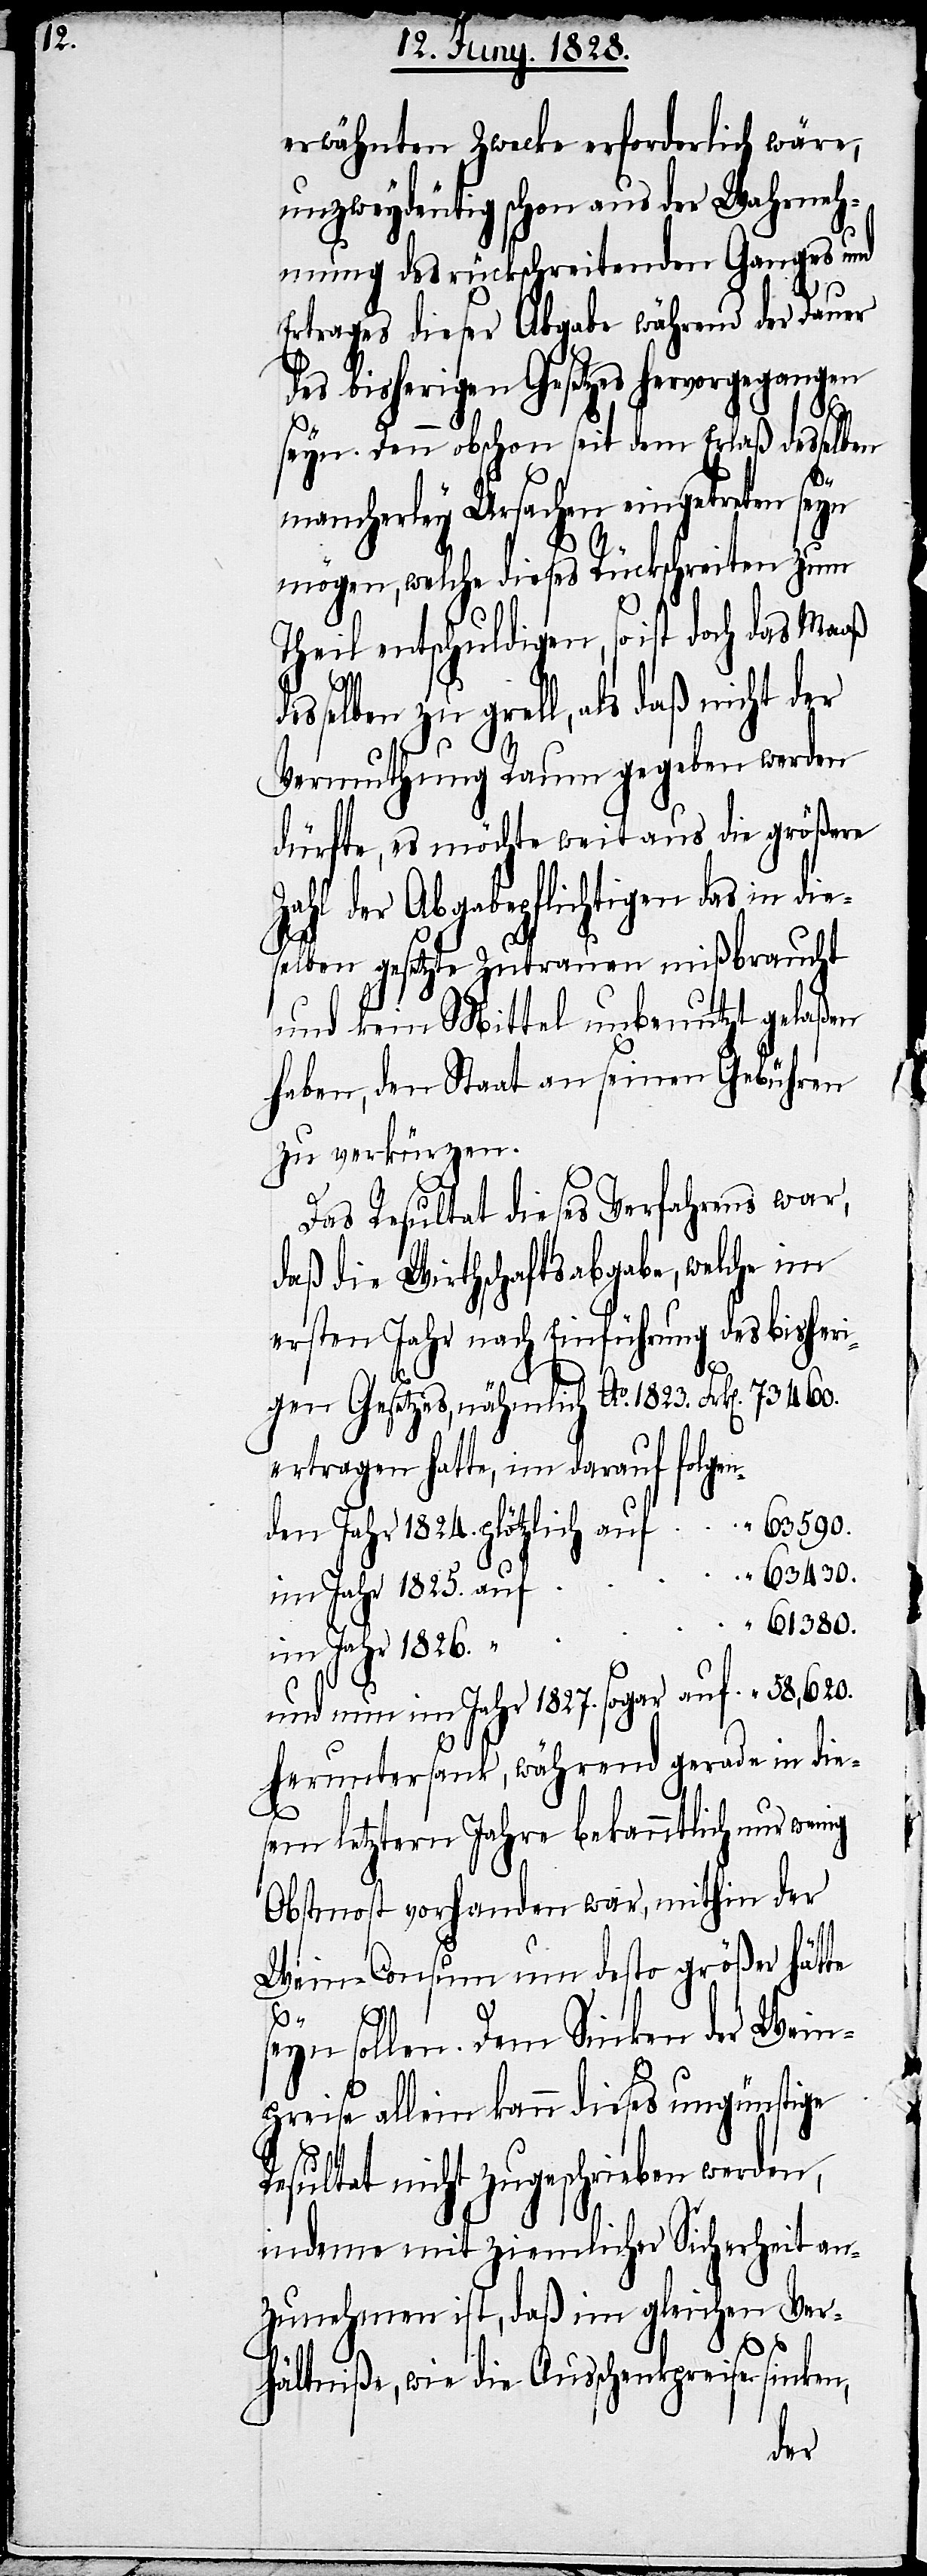
eri¬

erwähnten Zwecke erforderlich wäre,
unzweydeutig schon aus der Wahrneh¬
mung des rückschreitenden Ganges und
Ertrages dieser Abgabe während der Dauer
des bisherigen Gesetzes hervorgegangen
590.
seyn. Denn obschon seit dem Erlaß desselben
mancherley Ursachen eingetreten seyn
mögen, welche dieses Rückschreiten zum
Theil entschuldigen, so ist doch das
selben zu grell, als daß nicht der
Vermuthung Raum gegeben werden
dürfte, es möchte weit aus die größere
Zahl der Abgabepflichtigen das in
selben gesetzte Zutrauen mißbraucht
und kein Mittel unbenutzt gelaßen
haben, den Staat an seinen Gebühren
zu verkürzen.
Das Resultat dieses Verfahrens war,
daß die Wirthschaftsabgabe, welche im
gen Gesetzes, nähmlich Ao. 1823.
ertragen hatte, im darauf folgen¬
den Jahr 1824. plötzlich auf
63 430.
“
im Jahr 1825. auf
61 380.
im Jahr 1826. “
und nun im Jahr 1827. sogar auf
heruntersank, während gerade in die¬
sem letztern Jahre bekanntlich nur
Obstmost vorhanden war, mithin der
Wein-Consum um desto größer hätte
seyn sollen. Dem Sinken der Wein¬
preise allein kann dieses ungünstige
Resultat nicht zugeschrieben werden,
indeme mit ziemlicher Sicherheit an¬
zunehmen ist, daß im gleichen Ver¬
hältniße, wie die Ausschenkpreise
des